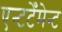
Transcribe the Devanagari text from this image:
एन्टटेँमेन्ट